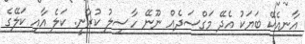
އާނއެކޭ ބަޔަކު އެދޭ މަގްސަދެއް ނޫނޭ ހާސިލު ކުރާނީ. ކަލެ އާއި ކަލޭގެ